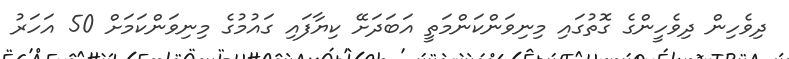
ދިވެހިން ދިވެހީންގެ ގޮތުގައި މިނިވަންކަންމަތީ އަބަދަށޭ ކިޔާފައި ގައުމުގެ މިނިވަންކަމަށް 50 އަހަރު